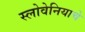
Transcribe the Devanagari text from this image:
स्लोवेनियाचे